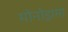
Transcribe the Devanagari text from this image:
मोनोड्रामा